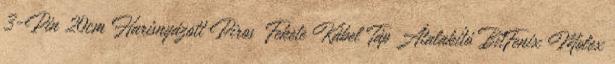
3-Pin 20cm Harisnyázott Piros Fekete Kábel Táp Átalakító BitFenix Molex